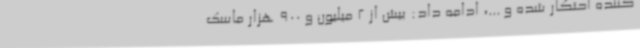
‌کننده احتکار شده و ...، ادامه داد: بیش از 2 میلیون و 900 هزار ماسک